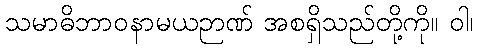
သမာဓိဘာဝနာမယဉာဏ် အစရှိသည်တို့ကို။ ဝါ၊